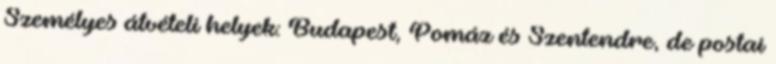
Személyes átvételi helyek: Budapest, Pomáz és Szentendre, de postai